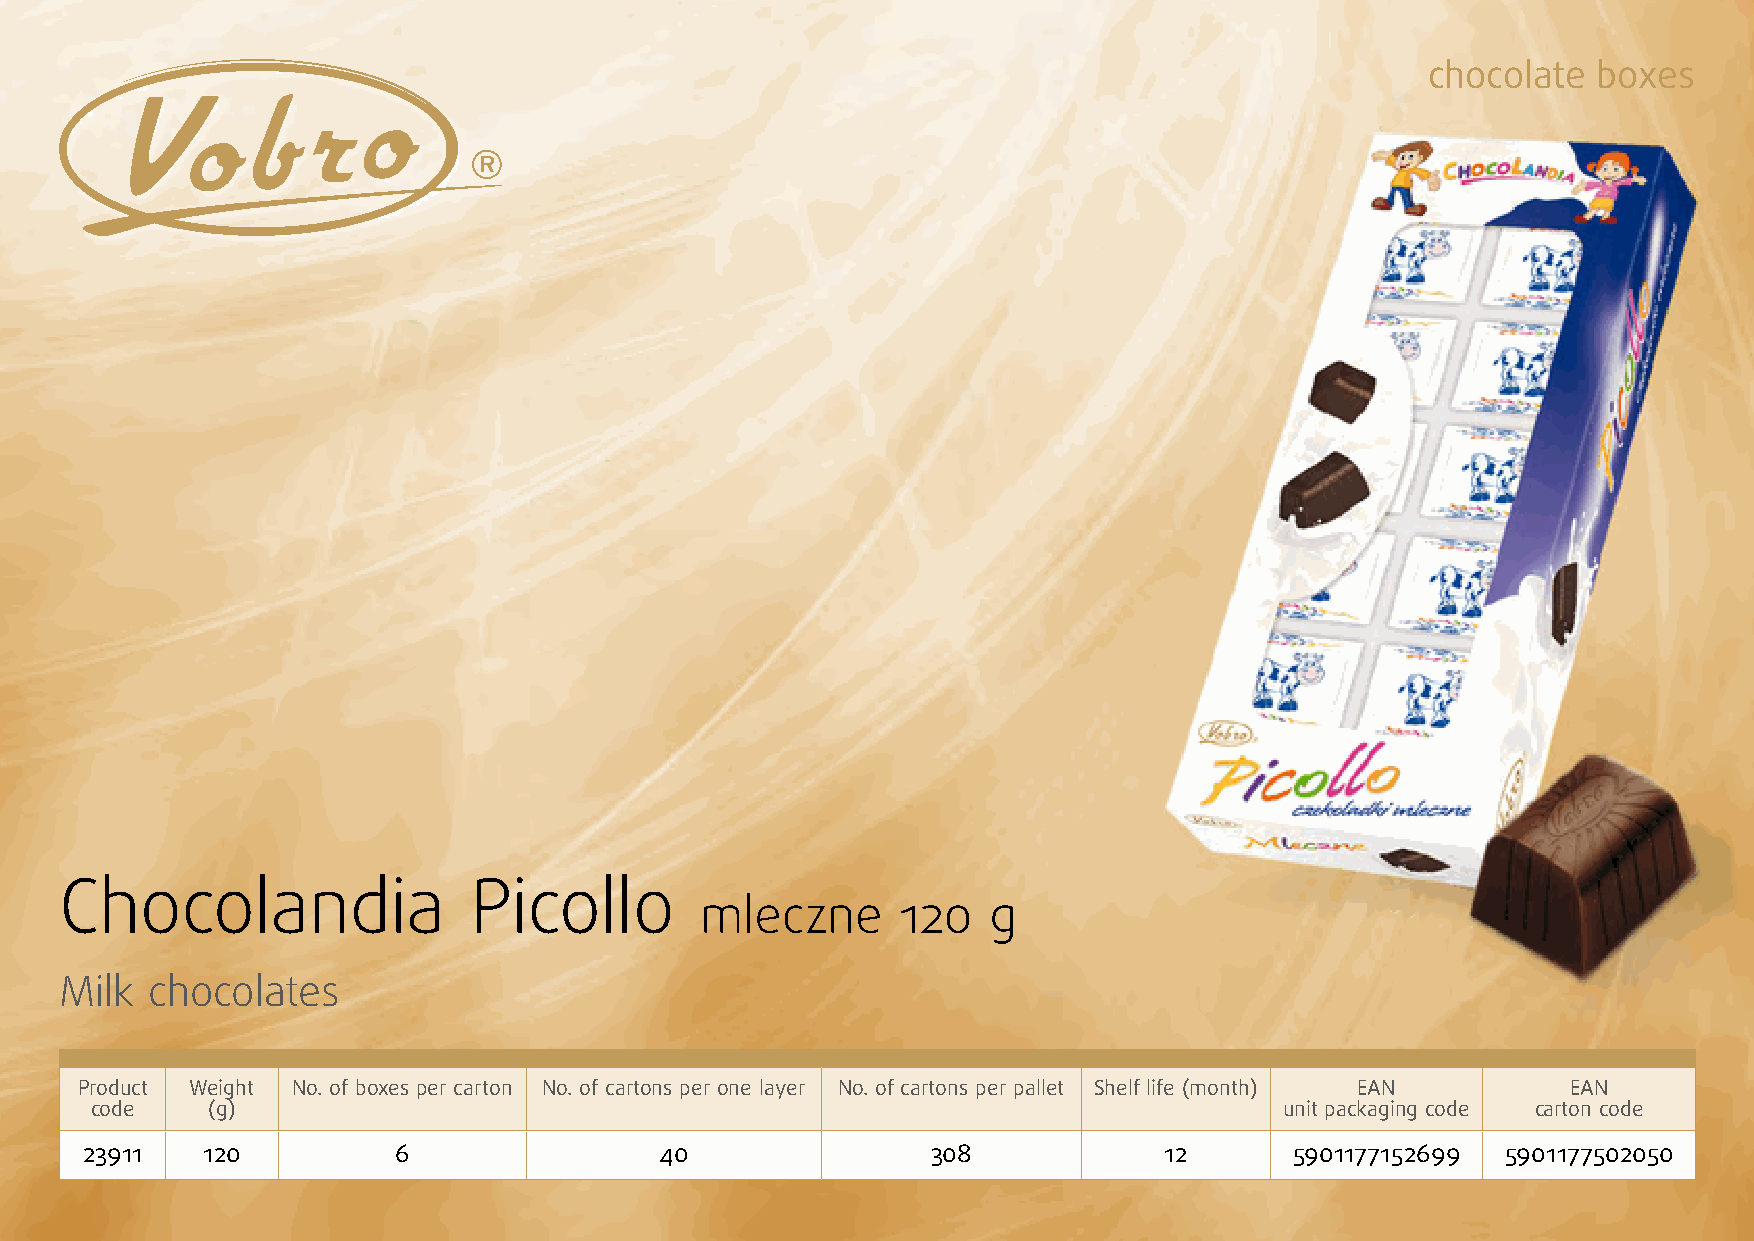
chocolate  boxes
 Chocolandia                Picollo
 mleczne       120   g
 Milk  chocolates
 Product Weight No. of boxes per carton No. of cartons per one layer No. of cartons per pallet Shelf life (month) EAN EAN
 code    (g)                                                                    unit packaging code carton code
 23911   120          6                 40                308            12       5901177152699 5901177502050